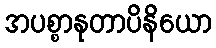
အပစ္စာနုတာပိနိယော